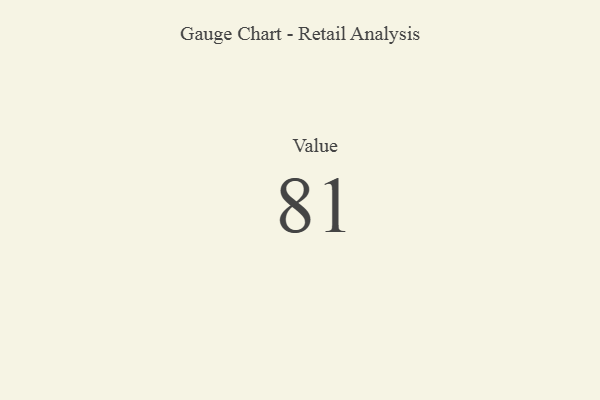
{"axis": {"x": "Metric", "y": "Value"}, "legend": [""], "data": [{"x": "Value", "y": 81, "type": ""}]}